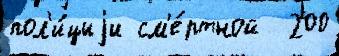
пол'и́циjи см'е́ртной  200